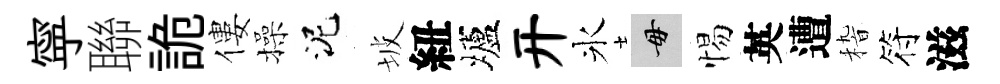
寜聯詭僂操泥坡紐壚开氷毋惕英遭𥟵符滋